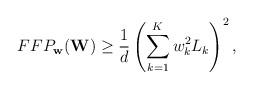
LaTeX: \begin{align*}FFP_{\mathbf{w}}(\mathbf{W})\geq\frac{1}{d}\left(\sum_{k=1}^{K}w_k^2L_k\right)^2,\end{align*}